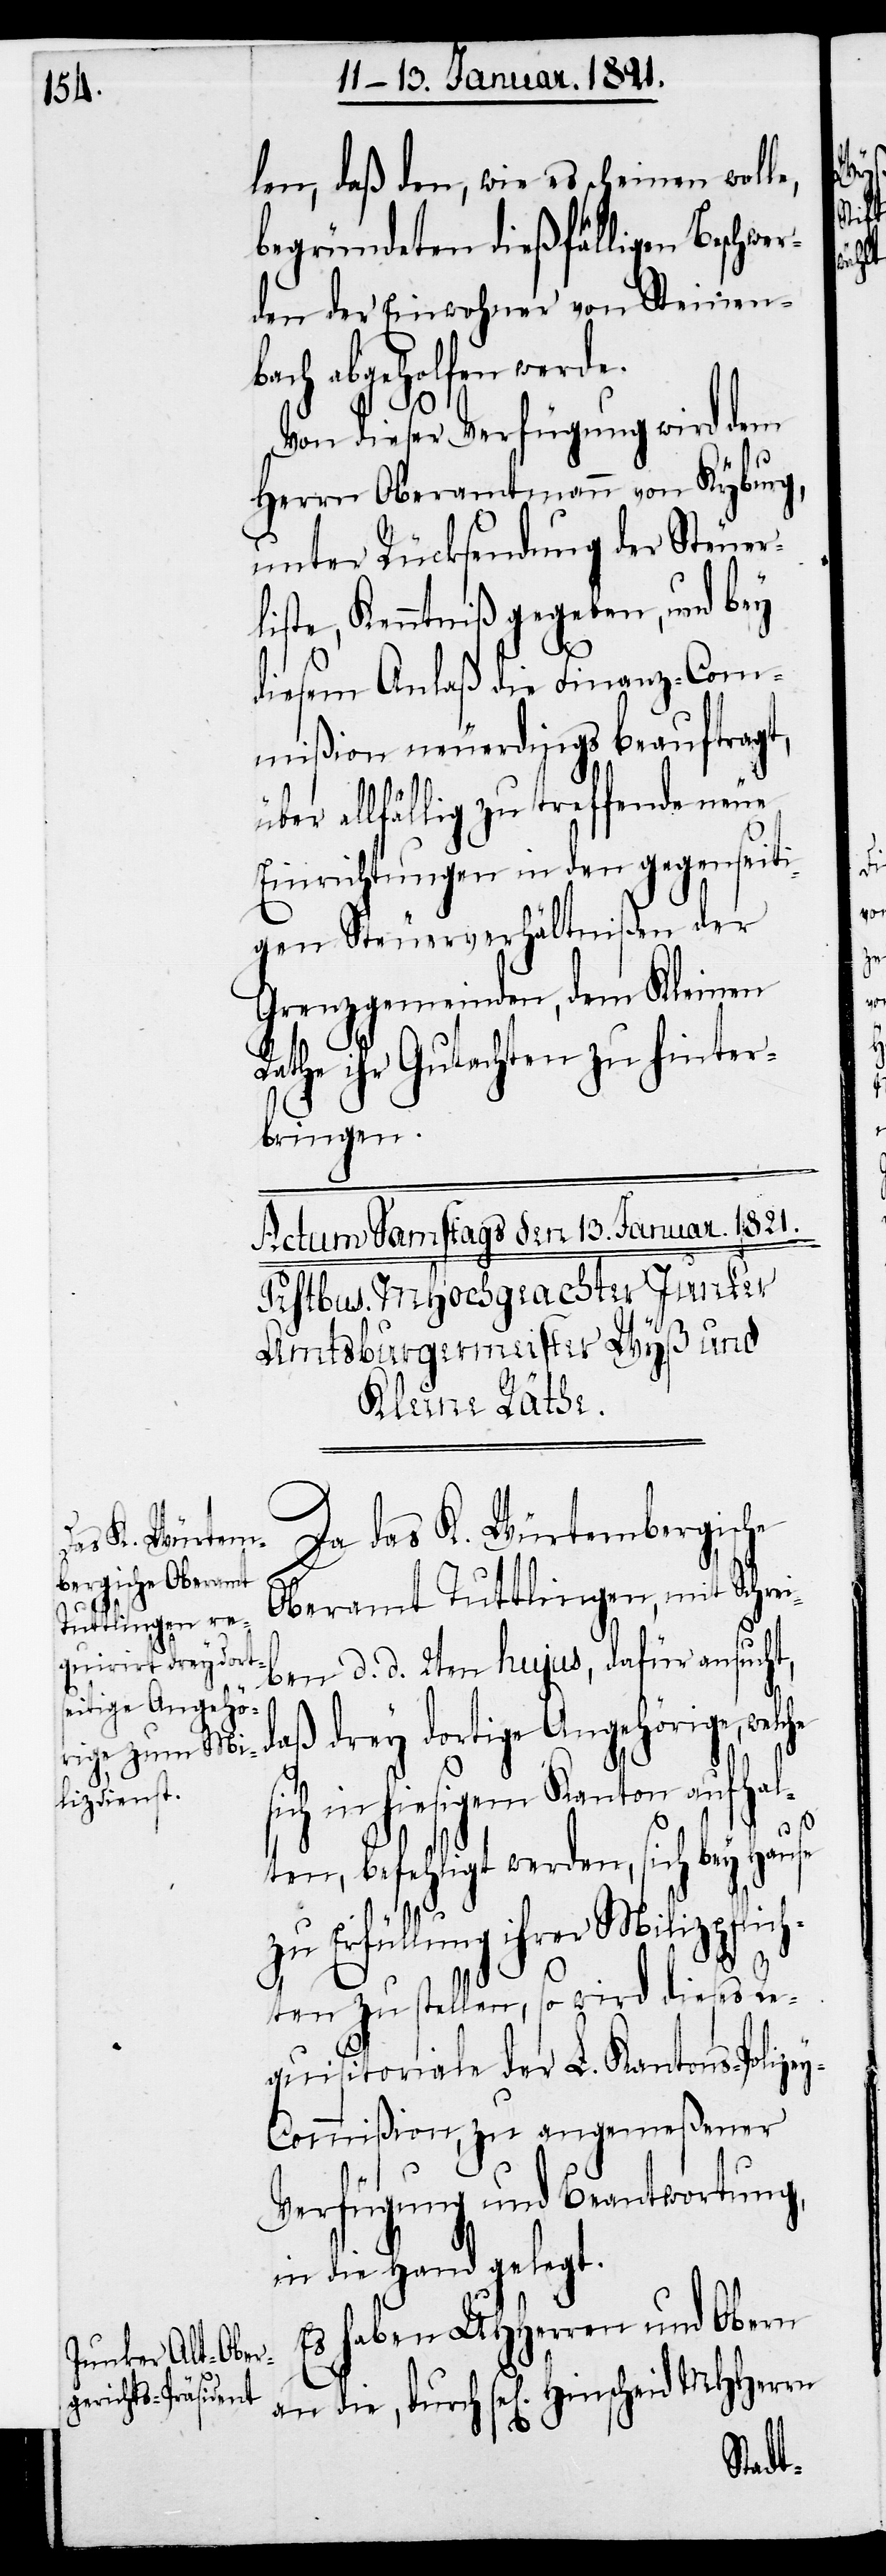
len, daß den, wie es scheinen woll¬
begründeten dießfälligen Beschwe¬
rden der Einwohner von Steinen¬
bach abgeholfen werde.
Von dieser Verfügung wird dem
Herrn Oberamtmann von Kyburg,
unter Rücksendung der Steuer¬
liste, Kenntniß gegeben, und bey
diesem Anlaß die Finanz-Com¬
mißion neuerdings beauftragt,
über allfällig zu treffende neue
Einrichtungen in den gegenseiti¬
gen Steuerverhältnißen der
Grenzgemeinden, dem Kleinen
Rathe ihr Gutachten zu hinter¬
bringen.
Da das K. Würtembergische
Oberamt Tuttlingen, mit Schrei¬
ben d. d. 2ten hujus, dafür ansucht,
daß drey dortige Angehörige, welc¬
sich in hiesigem Kanton aufgehal¬
ten, befehligt werden, sich bey Hause
zu Erfüllung ihrer Milizpflic¬
e,
hten zu stellen, so wird dieses Re¬
quisitoriale der L. Kantons-Polize¬
y-Commißion, zu angemeßener
Verfügung und Beantwortung
an die Hand gelegt.

he